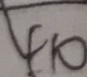
4 1 0